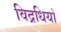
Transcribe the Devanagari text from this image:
विद्रधियाँ